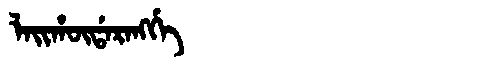
Manchu: ᠯᠠᡳᡥᡡᡩᠠᡵᠠᠩᡤᡝ
Romanization: LAIHŪDARANGGE